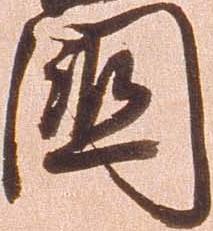
国